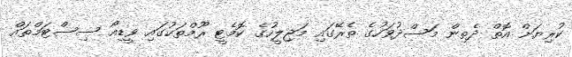
ކުރިޔަށް އޮތް ދެތިން މަސްދުވަހުގެ ތެރޭގައި މަޖިލީހުގެ ކޮމެޓީ ރޫމްތަކުގައި ވީޑިއޯ ސިސްޓަމްތައް